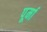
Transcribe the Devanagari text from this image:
पूर्मा